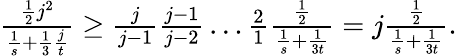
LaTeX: \begin{array}{r}{\frac{\frac{1}{2}j^{2}}{\frac{1}{s}+\frac{1}{3}\frac{j}{t}}\geq\frac{j}{j-1}\frac{j-1}{j-2}\ldots\frac{2}{1}\frac{\frac{1}{2}}{\frac{1}{s}+\frac{1}{3t}}=j\frac{\frac{1}{2}}{\frac{1}{s}+\frac{1}{3t}}.}\end{array}